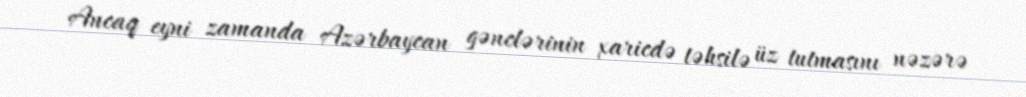
Ancaq eyni zamanda Azərbaycan gənclərinin xaricdə təhsilə üz tutmasını nəzərə